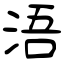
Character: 浯